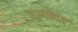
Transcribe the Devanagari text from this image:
दामोदरः